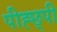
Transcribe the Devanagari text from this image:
पीह्छ्पी